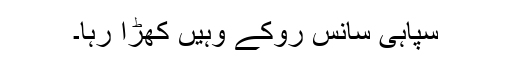
سپاہی سانس روکے وہیں کھڑا رہا۔